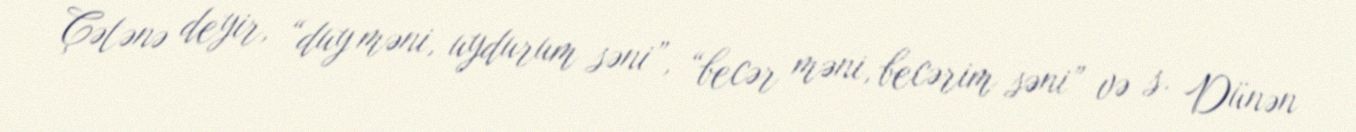
Çətənə deyir, “duy məni, uydurum səni”, “becər məni, becərim səni” və s. Dünən